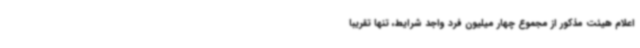
اعلام هیئت مذکور از مجموع چهار میلیون فرد واجد شرایط، تنها تقریبا